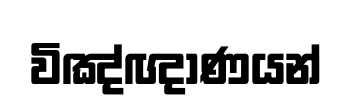
විඤ්ඥාණයන්